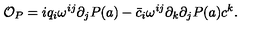
{ \cal O } _ { P } = i q _ { i } \omega ^ { i j } \partial _ { j } P ( a ) - \bar { c } _ { i } \omega ^ { i j } \partial _ { k } \partial _ { j } P ( a ) c ^ { k } .